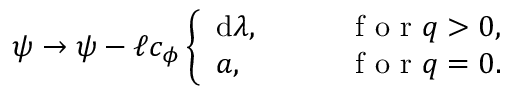
\psi \to \psi - \ell c _ { \phi } \left\{ \begin{array} { l l } { \mathrm { d } \lambda , } & { \qquad \mathrm { ~ f ~ o ~ r ~ } q > 0 , } \\ { a , } & { \qquad \mathrm { ~ f ~ o ~ r ~ } q = 0 . } \end{array} \right.